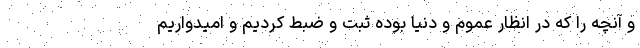
و آنچه را که در انظار عموم و دنیا بوده ثبت و ضبط کردیم و امیدواریم